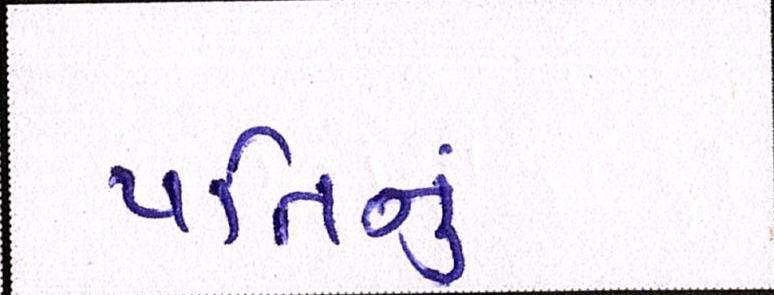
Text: પતિનું